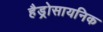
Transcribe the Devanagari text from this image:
हैड्रोसायनिक